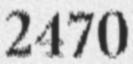
2470